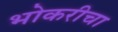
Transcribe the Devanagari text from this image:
भोकरीचा